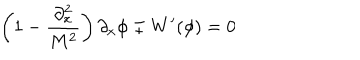
\left( 1 - \frac { \partial _ { x } ^ { 2 } } { M ^ { 2 } } \right) \partial _ { x } \phi \mp W ^ { \prime } ( \phi ) = 0